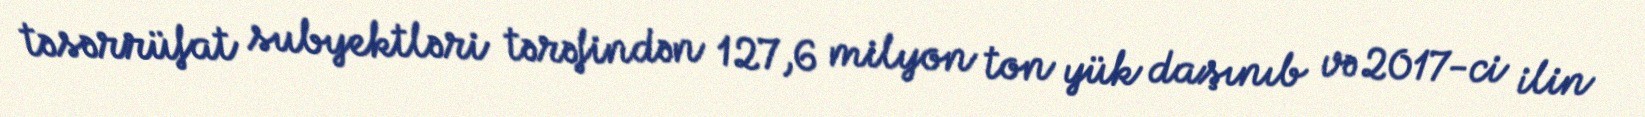
təsərrüfat subyektləri tərəfindən 127,6 milyon ton yük daşınıb və 2017-ci ilin